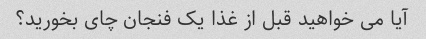
آیا می خواهید قبل از غذا یک فنجان چای بخورید؟